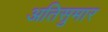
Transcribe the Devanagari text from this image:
अतिसुमार